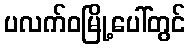
ပလက်ဝမြို့ပေါ်တွင်